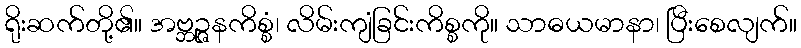
ရိုးဆက်တို့၏။ အဗ္ဘဉ္ဇနကိစ္စံ၊ လိမ်းကျံခြင်းကိစ္စကို။ သာဓယမာနာ၊ ပြီးစေလျက်။